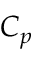
C _ { p }